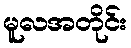
မူလအတိုင်း